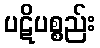
ပဋိပစ္စည်း